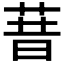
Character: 𰱏